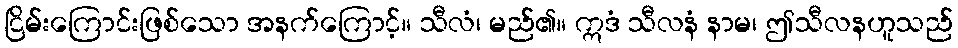
ငြိမ်းကြောင်းဖြစ်သော အနက်ကြောင့်။ သီလံ၊ မည်၏။ ဣဒံ သီလနံ နာမ၊ ဤသီလနဟူသည်